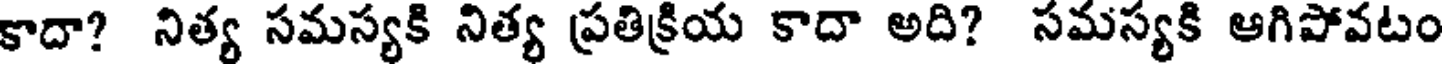
కాదా? నిత్య సమస్యకి నిత్య ప్రతిక్రియ కాదా అది? సమస్యకి ఆగిపోవటం